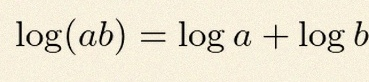
\log(ab)=\log a+\log b